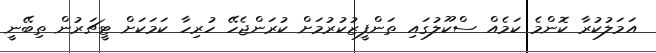
އަމަލުކުރާ ކޮންމެ ކަމެއް ސްކޫލުގައި ތަންފީޒުކުރުމަށް ކުރަންޖެހޭ ހުރިހާ ކަމަކަށް ޓީޗަރުން ތިބޭނީ